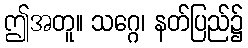
ဤအတူ။ သဂ္ဂေ၊ နတ်ပြည်၌